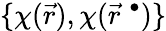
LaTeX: \{ \chi(\vec{r}),\chi(\vec{r}^{\; \bullet})\}